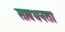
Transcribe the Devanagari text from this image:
सावधनता